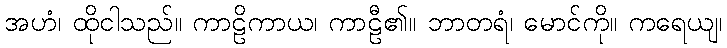
အဟံ၊ ထိုငါသည်။ ကာဠိကာယ၊ ကာဠီ၏။ ဘာတရံ၊ မောင်ကို။ ကရေယျ၊